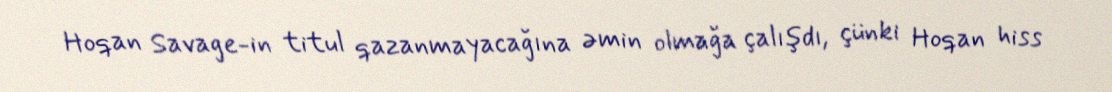
Hoqan Savage-in titul qazanmayacağına əmin olmağa çalışdı, çünki Hoqan hiss